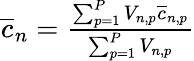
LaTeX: \begin{array}{r}{\overline{{c}}_{n}=\frac{\sum_{p=1}^{P}V_{n,p}\overline{{c}}_{n,p}}{\sum_{p=1}^{P}V_{n,p}}}\end{array}